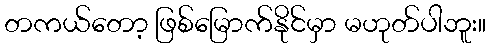
တကယ်တော့ ဖြစ်မြောက်နိုင်မှာ မဟုတ်ပါဘူး။